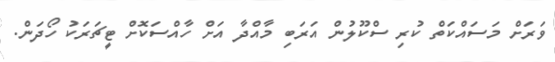
ވަރަށް މަސައްކަތް ކުރި ސްކޫލުން އަރަބި މާއްދާ އަށް ހާއްސަކޮށް ޓީޗަރަކު ހޯދަން.